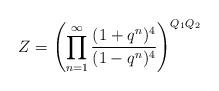
LaTeX: \begin{align*}Z=\left( \prod_{n=1}^\infty \frac{(1+q^n)^4}{(1-q^n)^4} \right)^{Q_1Q_2}\end{align*}